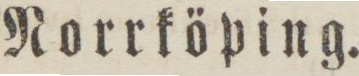
Norrköping.